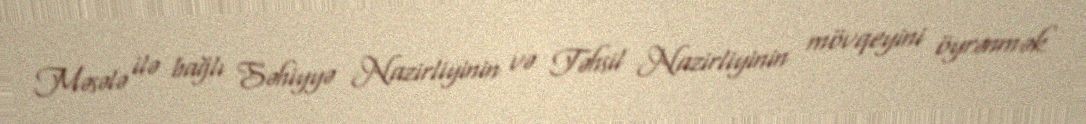
Məsələ ilə bağlı Səhiyyə Nazirliyinin və Təhsil Nazirliyinin mövqeyini öyrənmək